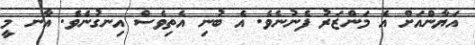
އަޔާންއަށް އެ މަންޒަރު ފެނުނެވެ. އެ ބުނި އެތިވެސް އިނގުނެވެ. އާނ މީ